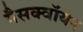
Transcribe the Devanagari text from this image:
गैसक्वॉयन